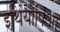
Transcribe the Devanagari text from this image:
इथियोपिआ